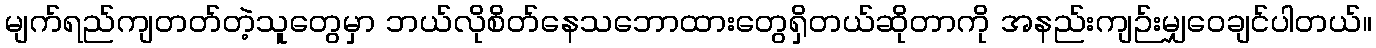
မျက်ရည်ကျတတ်တဲ့သူတွေမှာ ဘယ်လိုစိတ်နေသဘောထားတွေရှိတယ်ဆိုတာကို အနည်းကျဉ်းမျှဝေချင်ပါတယ်။